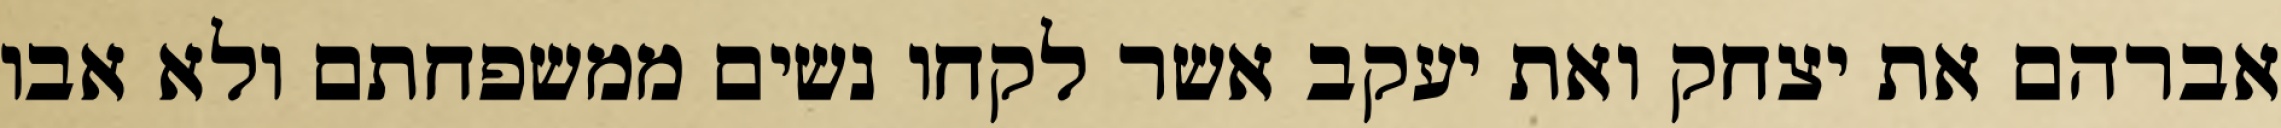
אברהם את יצחק ואת יעקב אשר לקחו נשים ממשפחתם ולא אבו